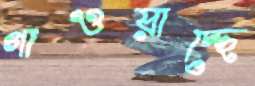
গাওয়াচ্ছে